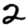
Digit: 2